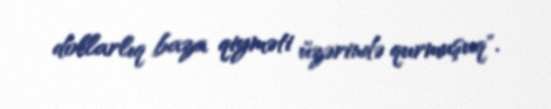
dollarlıq baza qiyməti üzərində qurmuşuq".